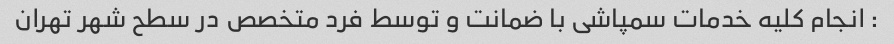
: انجام کلیه خدمات سمپاشی با ضمانت و توسط فرد متخصص در سطح شهر تهران